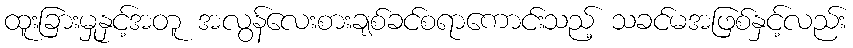
ထူးခြားမှုနှင့်အတူ အလွန်လေးစားချစ်ခင်စရာကောင်းသည့် သခင်မအဖြစ်နှင့်လည်း